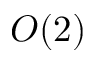
O ( 2 )